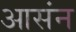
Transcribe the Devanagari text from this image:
आसंन